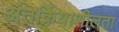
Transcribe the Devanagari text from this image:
अंतर्क्रियाशीलता